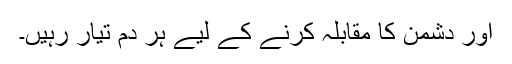
اور دشمن کا مقابلہ کرنے کے لیے ہر دم تیار رہیں۔